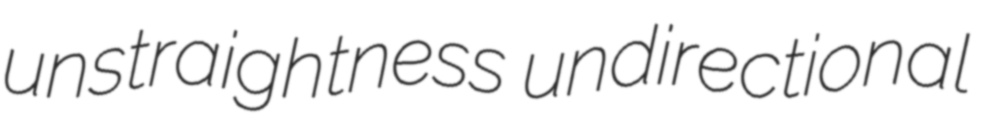
unstraightness undirectional